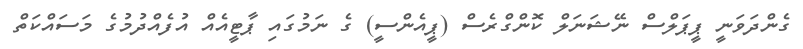
ގެންދަވަނީ ޕީޕަލްސް ނޭޝަނަލް ކޮންގްރެސް (ޕީއެންސީ) ގެ ނަމުގައި ޕާޓީއެއް އުފެއްދުމުގެ މަސައްކަތް